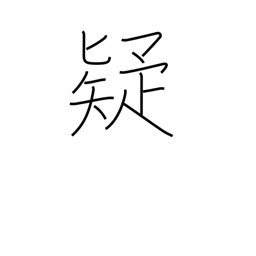
Meaning: distrust